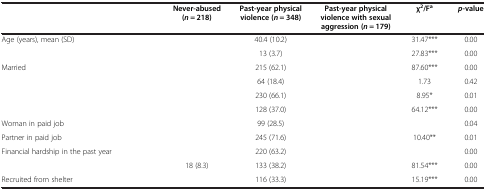
<table><thead><tr><td>[EMPTY_CELL]</td><td><b>Never-abused (<i>n</i> = 218)</b></td><td><b>Past-year physical violence (<i>n</i> = 348)</b></td><td><b>Past-year physical violence with sexual aggression (<i>n</i> = 179)</b></td><td><b>χ<sup>2</sup>/F<sup>a</sup></b></td><td><b><i>p</i>-value</b></td></tr></thead><tbody><tr><td>Age (years), mean (SD)</td><td>[EMPTY_CELL]</td><td>40.4 (10.2)</td><td>[EMPTY_CELL]</td><td>31.47***</td><td>0.00</td></tr><tr><td>[EMPTY_CELL]</td><td>[EMPTY_CELL]</td><td>13 (3.7)</td><td>[EMPTY_CELL]</td><td>27.83***</td><td>0.00</td></tr><tr><td>Married</td><td>[EMPTY_CELL]</td><td>215 (62.1)</td><td>[EMPTY_CELL]</td><td>87.60***</td><td>0.00</td></tr><tr><td>[EMPTY_CELL]</td><td>[EMPTY_CELL]</td><td>64 (18.4)</td><td>[EMPTY_CELL]</td><td>1.73</td><td>0.42</td></tr><tr><td>[EMPTY_CELL]</td><td>[EMPTY_CELL]</td><td>230 (66.1)</td><td>[EMPTY_CELL]</td><td>8.95*</td><td>0.01</td></tr><tr><td>[EMPTY_CELL]</td><td>[EMPTY_CELL]</td><td>128 (37.0)</td><td>[EMPTY_CELL]</td><td>64.12***</td><td>0.00</td></tr><tr><td>Woman in paid job</td><td>[EMPTY_CELL]</td><td>99 (28.5)</td><td>[EMPTY_CELL]</td><td>[EMPTY_CELL]</td><td>0.04</td></tr><tr><td>Partner in paid job</td><td>[EMPTY_CELL]</td><td>245 (71.6)</td><td>[EMPTY_CELL]</td><td>10.40**</td><td>0.01</td></tr><tr><td>Financial hardship in the past year</td><td>[EMPTY_CELL]</td><td>220 (63.2)</td><td>[EMPTY_CELL]</td><td>[EMPTY_CELL]</td><td>0.00</td></tr><tr><td>[EMPTY_CELL]</td><td>18 (8.3)</td><td>133 (38.2)</td><td>[EMPTY_CELL]</td><td>81.54***</td><td>0.00</td></tr><tr><td>Recruited from shelter</td><td>[EMPTY_CELL]</td><td>116 (33.3)</td><td>[EMPTY_CELL]</td><td>15.19***</td><td>0.00</td></tr></tbody></table>